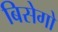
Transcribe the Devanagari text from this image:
बिसेगो